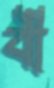
বী